Indian Medical Review
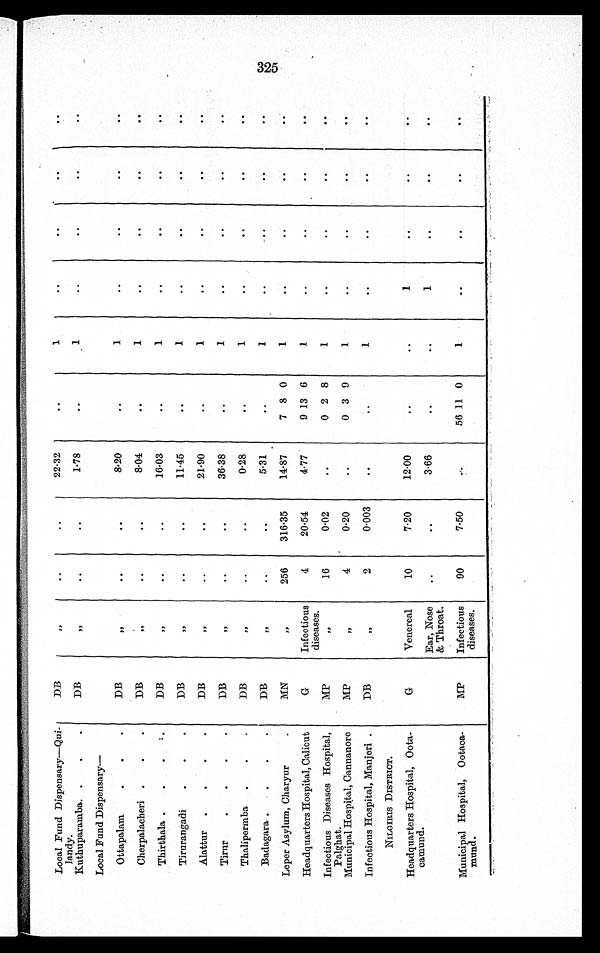
Local Fund Dispensary—Qui-
l a n d y ·
DB
„
· ·
· ·
22·32
· ·
1
· ·
. . .
. . .
. . .
Kuthuparamba
DB
„
. .
. .
1·78
· ·
1
· ·
· ·
. .
. .
Local Fund Dispensary
—
Ottapalam
DB
„
· ·
· ·
8·20
. .
1
· ·
· ·
· ·
. .
Cherpalacheri
DB
„
. .
. .
8·04
· ·
1
· ·
. .
. .
. .
Thirthala
DB
„
· ·
. . 16·03
· ·
1
· ·
. .
. . ..
Tirurangadi
DB
„
· ·
· ·
11·45
. .
1
. .
. .
. .
. .
Alattur
DB
„
· ·
· · 21·90
· ·
1
. .
· ·
. .
. .
Tirur
DB
„
. .
· · 36·38
· ·
1
· ·
· ·
· ·
. .
Thalipermba
DB
„
. .
. .
0·28
· ·
1
· ·
. .
. .
. .
Badagara
DB
„
. .
· ·
5·31
· ·
1
· · ..
· ·
. .
Leper Asylum, Charyur
MN
„
256
316·35
14·87
7 8 0
1
· ·
· ·
. .
· ·
Headquarters Hospital, Calicut
G
Infectious
diseases.
4
20·54
4·77
9 13 6
1
· ·
· ·
. .
. .
Infectious Diseases Hospital,
Palghat.
MP
„
16
0·02
· ·
0 2 8
1
· ·
· ·
· ·
. .
Municipal Hospital, Cannanore
MP
„
4
0·20
· ·
0 3 9
1
. .
. .
· · ..
Infectious Hospital, Manjeri
DB
„
2
0·003
. .
. .
1
. .
· ·
. .
. .
NILGIRIS DISTRICT.
Headquarters Hospital, Oota-
camund
G
Venereal
10
7·20
12·00
· ·
· ·
1
. .
. .
. .
Ear, Nose
& Throat.
· ·
. .
3·66
· ·
· ·
1
. .
. .
. .
Municipal Hospital, Ootaca-
mund·
MP
Infectious
diseases·
90
7·50
56 11 0
1
· ·
· ·
. .
. .
3 2 5